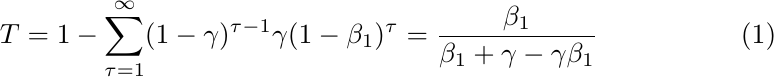
\begin{equation}\label{eq-T1}
T=1-\sum_{\tau=1}^\infty (1-\gamma)^{\tau-1}\gamma (1-\beta_1)^\tau=\frac{\beta_1}{\beta_1+\gamma-\gamma\beta_1}
\end{equation}